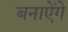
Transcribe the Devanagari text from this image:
बनाऐंगे